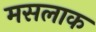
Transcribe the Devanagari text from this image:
मसलाक